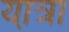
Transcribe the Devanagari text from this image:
या़त्रा